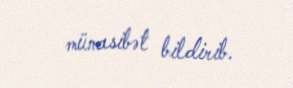
münasibət bildirib.